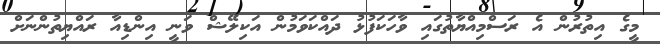
މީގެ އިތުރުން އެ ރަސްމިއްޔާތުގައި ވާހަކަފުޅު ދައްކަވަމުން އަކިލޭޝް ވަނީ އިންޑިއާ ރައްޔިތުންނަށް